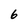
Character: 6